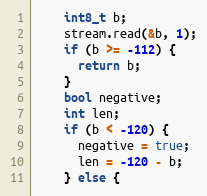
Language: C++
    int8_t b;
    stream.read(&b, 1);
    if (b >= -112) {
      return b;
    }
    bool negative;
    int len;
    if (b < -120) {
      negative = true;
      len = -120 - b;
    } else {